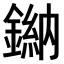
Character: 𫒾